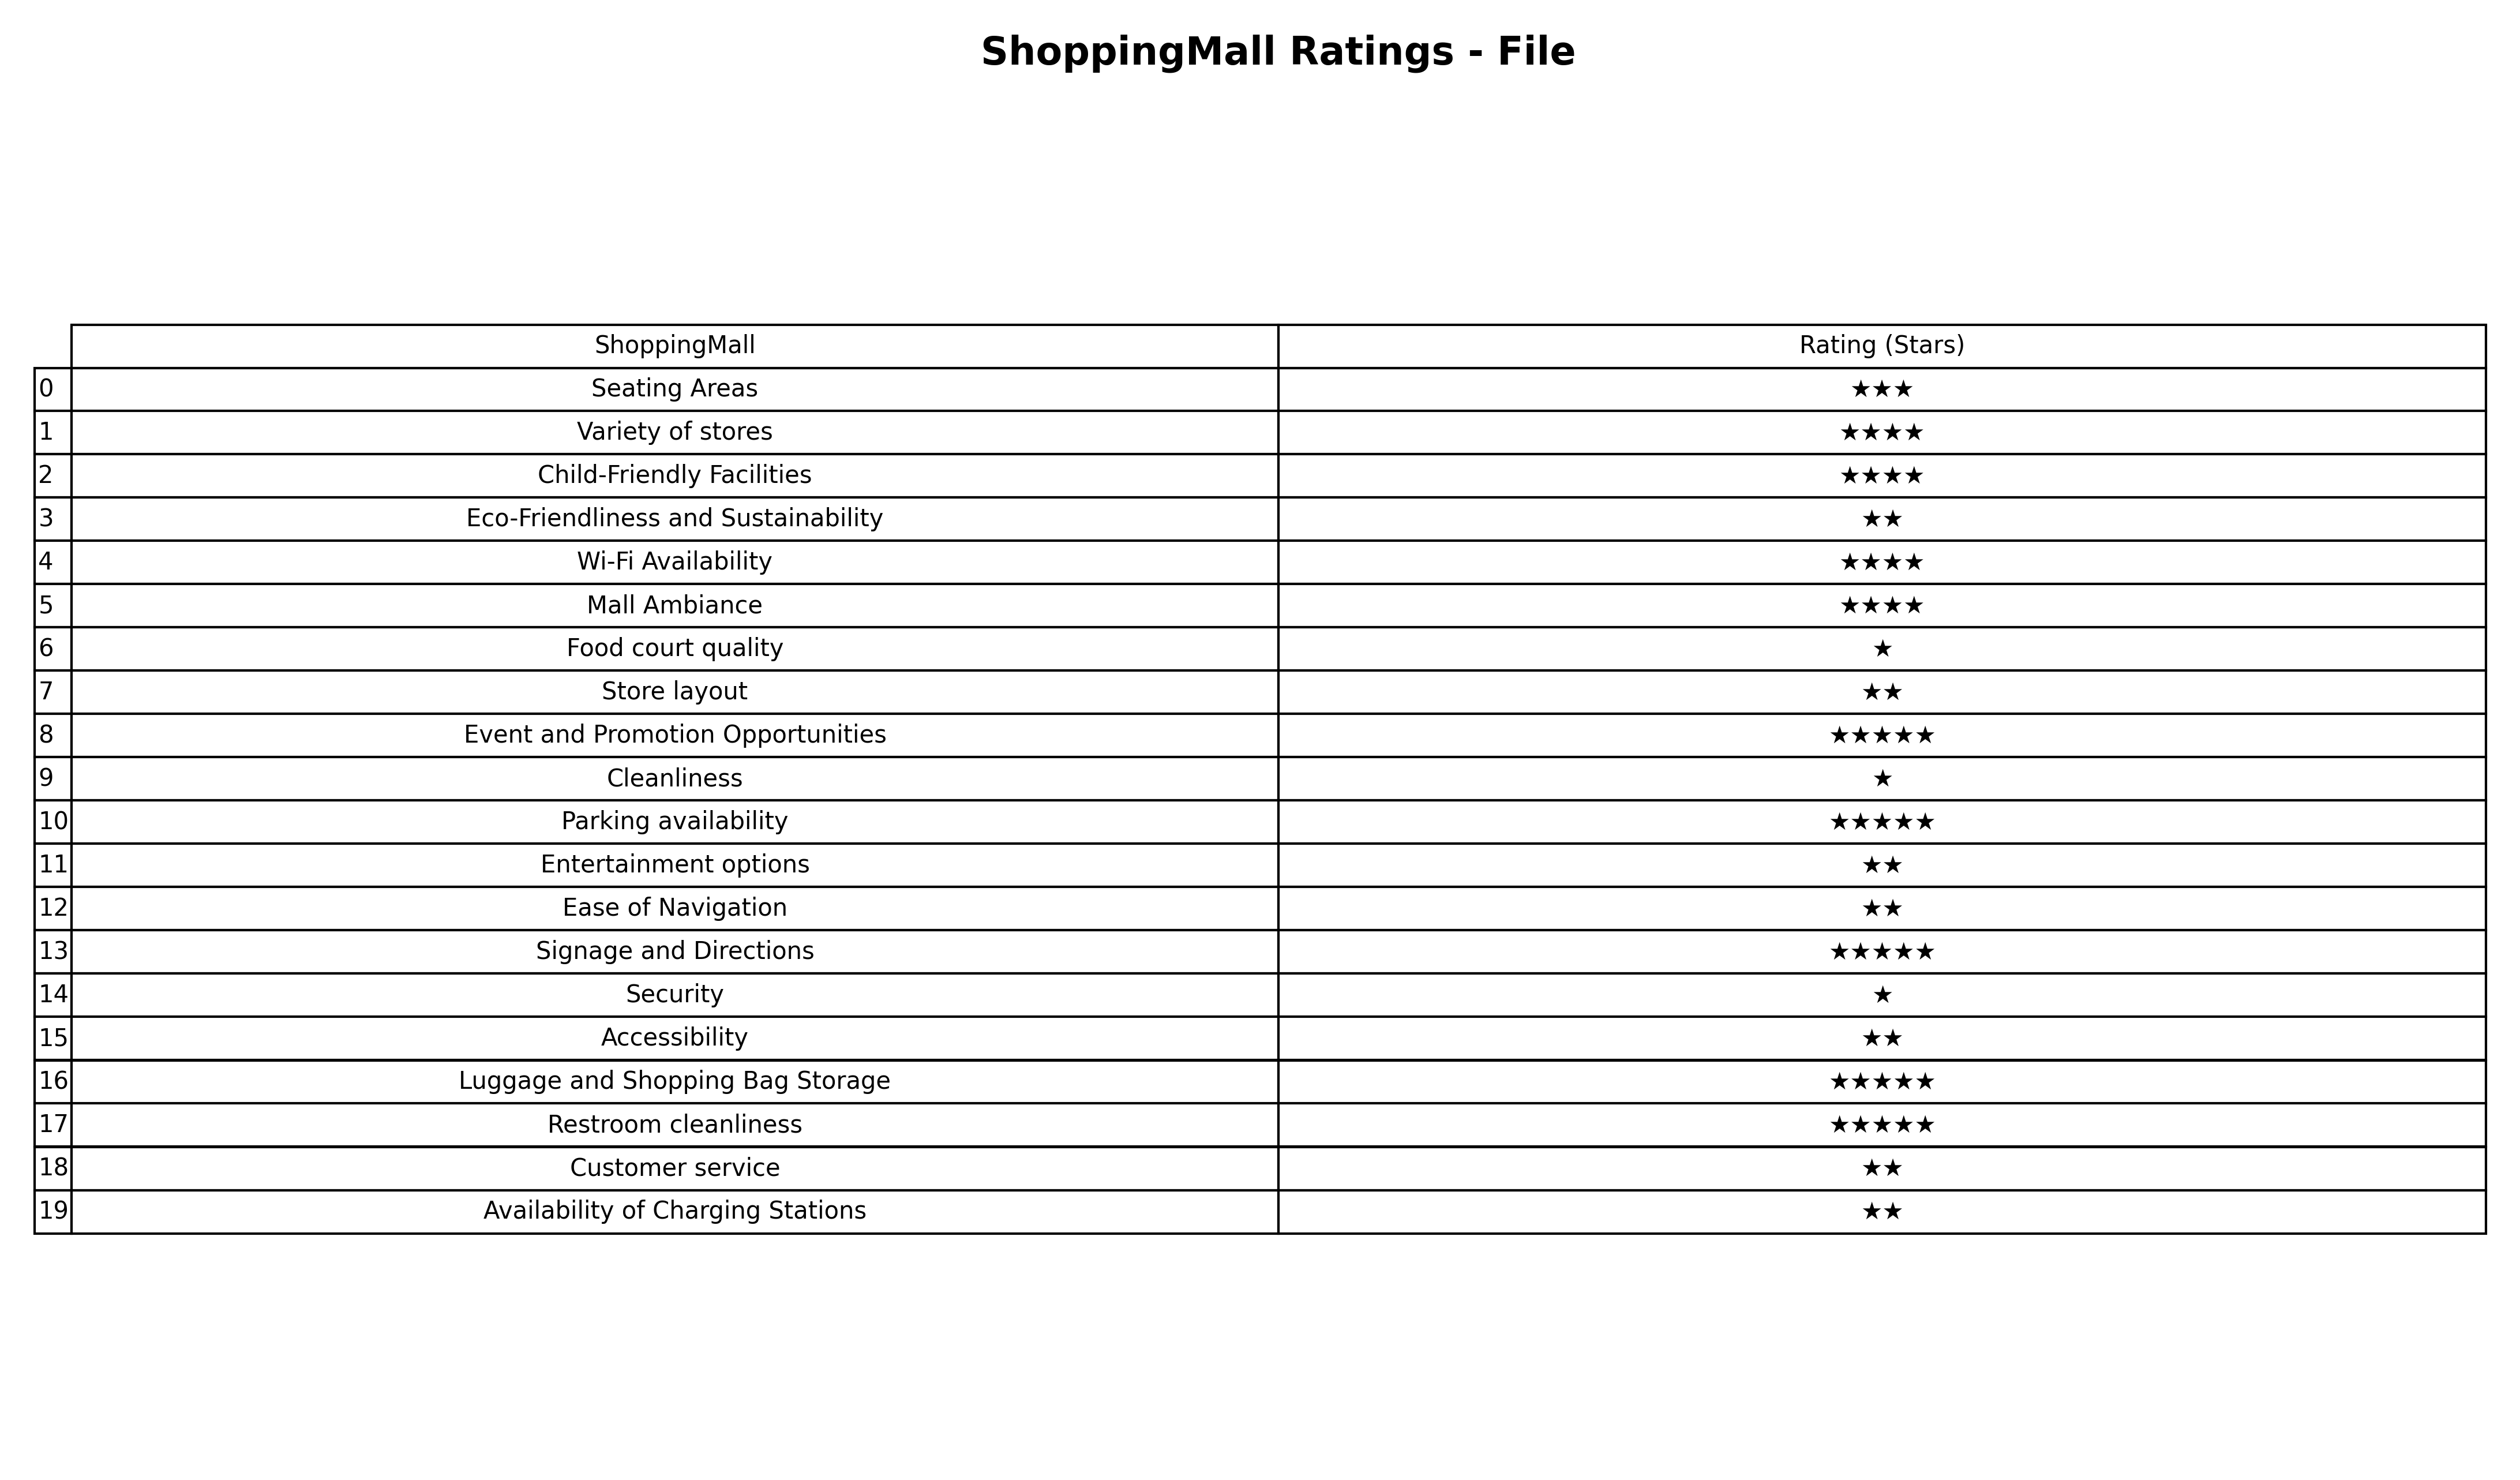
question: What are lowest rating services?
answer: Seating Areas